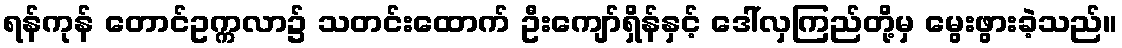
ရန်ကုန် တောင်ဥက္ကလာ၌ သတင်းထောက် ဦးကျော်ရှိန်နှင့် ဒေါ်လှကြည်တို့မှ မွေးဖွားခဲ့သည်။